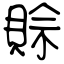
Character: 賒